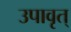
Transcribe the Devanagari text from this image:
उपावृत्